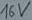
Text: 16V